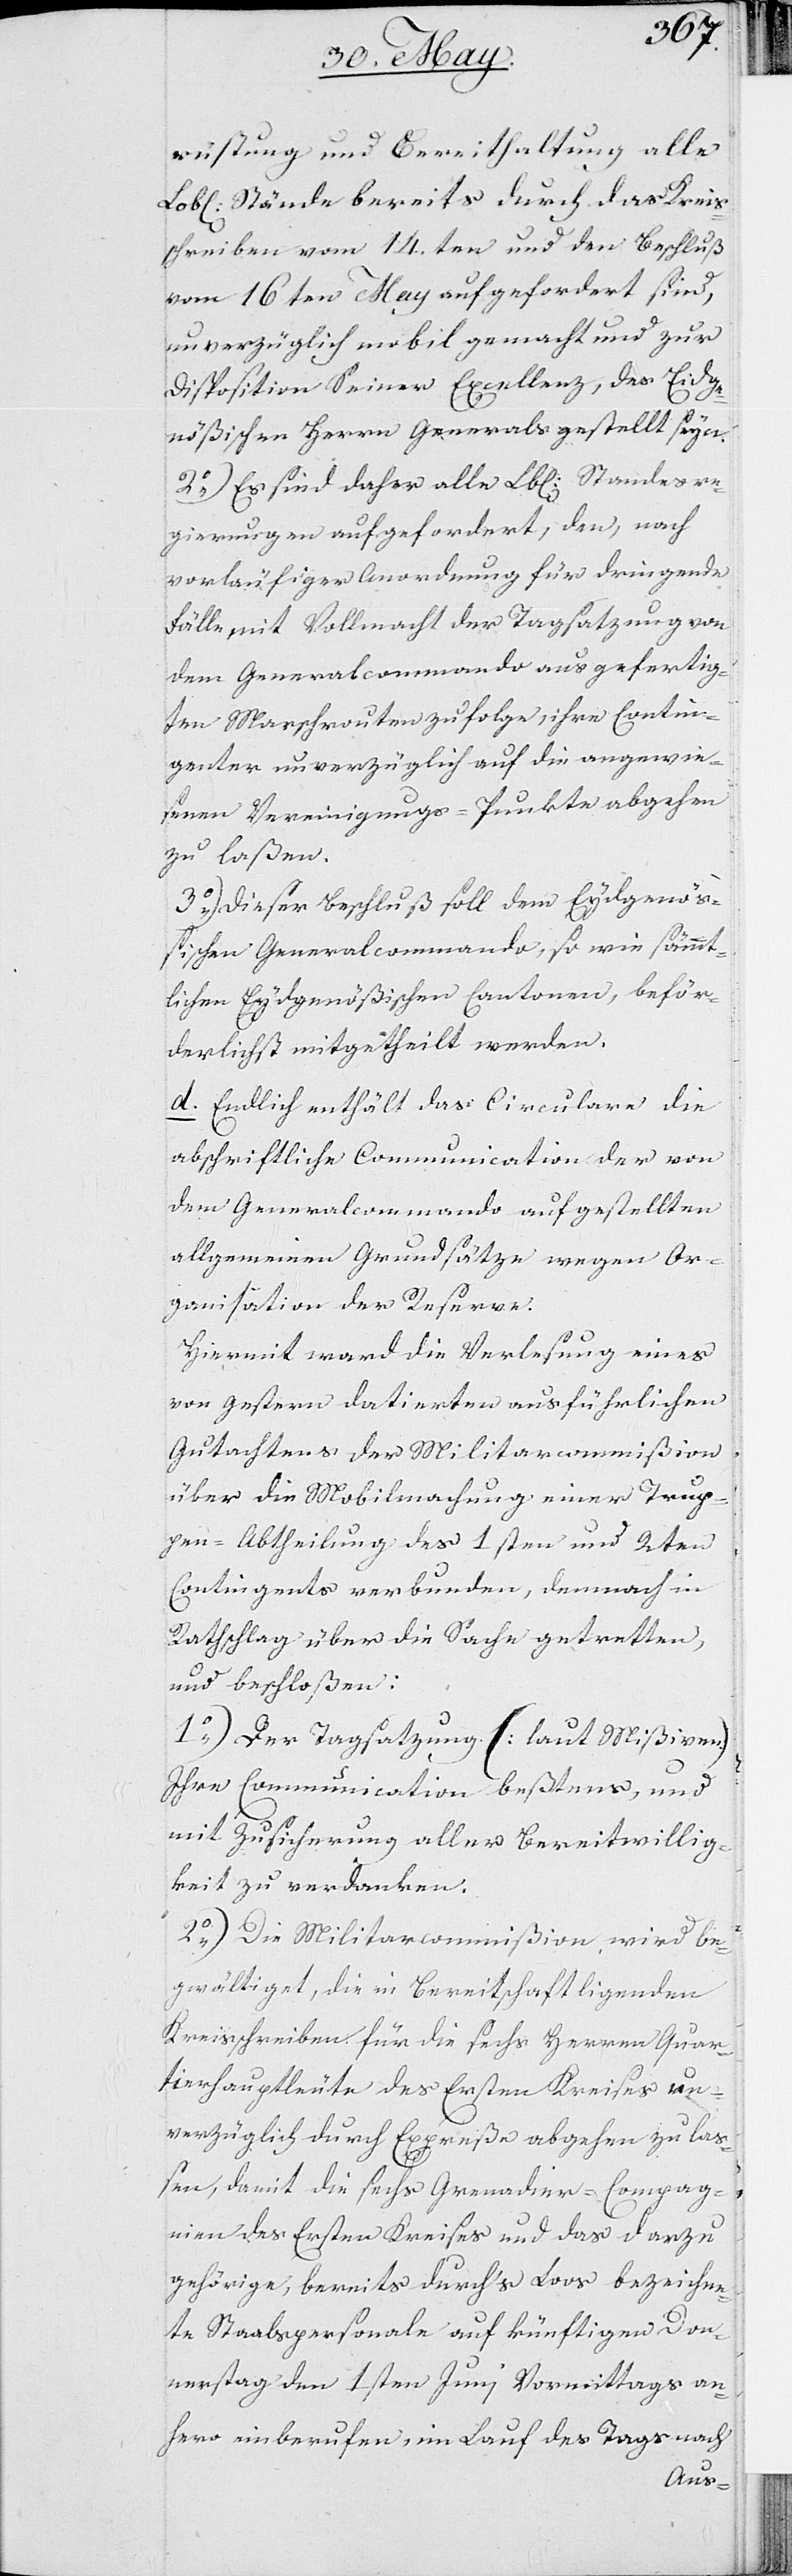
rüstung und Bereithaltung alle
Lobl. Stände bereits durch das Kreis¬
schreiben vom 14ten und den Beschluß
vom 16ten May aufgefordert sind,
unverzüglich mobil gemacht und zur
Disposition Seiner Excellenz, des Eidge¬
nößischen Herrn Generals gestellt seyn.
2.) Es sind daher alle Lobl. Standesre¬
gierungen aufgeforderet, den, nach
vorläufiger Anordnung für dringende
Fälle, mit Vollmacht der Tagsatzung von
dem Generalcommando ausgefertig¬
ten Marschrouten zufolge, ihre Contin¬
genter unverzüglich auf die angewie¬
senen Vereinigungs-Punkte abgehen
zu laßen.
3.) Dieser Beschluß soll dem Eydgenö¬
ßischen Generalcommando, so wie sämmt¬
lichen Eydgenößischen Cantonen, beför¬
derlichst mitgetheilt werden.
d. Endlich enthält das Circulare die
abschriftliche Communication der von
dem Generalcommando aufgestellten
allgemeinen Grundsätze wegen Or¬
ganisation der Reserve.
Hiermit ward die Verlesung eines
von gestern datierten ausführlichen
Gutachtens der Militarcommißion
über die Mobilmachung einer Trup¬
pen-Abtheilung des 1sten und 2ten
Contingentes verbunden, demnach in
Rathschlag über die Sache getretten,
und beschloßen:
1.) Der Tagsatzung (laut Mißiven)
Ihre Communication beßtens, und
mit Zusicherung aller Bereitwillig¬
keit zu verdanken.
2.) Die Militarcommißion wird be¬
gwältiget, die in Bereitschaft ligenden
Kreisschreiben für die sechs Herren Quar¬
tierhauptleute des Ersten Kreises un¬
verzüglich durch Expreße abgehen zu laß¬
en, damit die sechs Grenadier-Compag¬
nien des Ersten Kreises und das darzu
gehörige, bereits durchs Loos bezeichne¬
te Staabspersonale auf künftigen Don¬
nerstag den 1sten Junj Vermittags an¬
hero einberufen, im Lauf des Tags nach